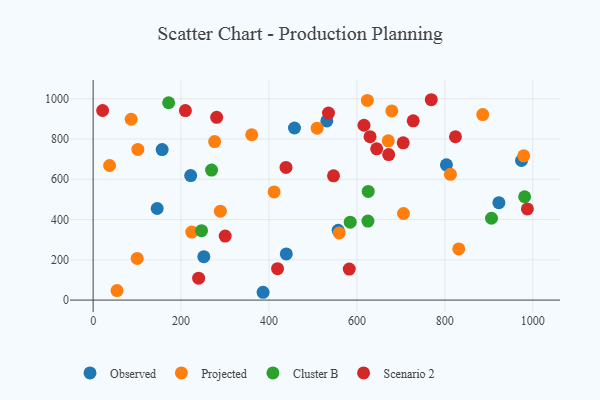
{"axis": {"x": "Experience", "y": "Demand"}, "legend": ["Cluster B", "Observed", "Projected", "Scenario 2"], "data": [{"x": "145.7", "y": 454.9, "type": "Observed"}, {"x": "531.6", "y": 889.7, "type": "Observed"}, {"x": "803.6", "y": 671.6, "type": "Observed"}, {"x": "458.0", "y": 854.7, "type": "Observed"}, {"x": "439.4", "y": 229.4, "type": "Observed"}, {"x": "157.0", "y": 747.6, "type": "Observed"}, {"x": "251.8", "y": 215.4, "type": "Observed"}, {"x": "221.9", "y": 618.4, "type": "Observed"}, {"x": "557.4", "y": 346.5, "type": "Observed"}, {"x": "923.0", "y": 483.8, "type": "Observed"}, {"x": "386.6", "y": 38.8, "type": "Observed"}, {"x": "974.5", "y": 693.3, "type": "Observed"}, {"x": "101.7", "y": 748.2, "type": "Projected"}, {"x": "37.5", "y": 668.4, "type": "Projected"}, {"x": "411.7", "y": 537.3, "type": "Projected"}, {"x": "289.4", "y": 441.8, "type": "Projected"}, {"x": "886.3", "y": 921.6, "type": "Projected"}, {"x": "706.0", "y": 430.2, "type": "Projected"}, {"x": "559.8", "y": 333.2, "type": "Projected"}, {"x": "276.4", "y": 787.1, "type": "Projected"}, {"x": "671.4", "y": 791.3, "type": "Projected"}, {"x": "509.6", "y": 854.0, "type": "Projected"}, {"x": "360.7", "y": 821.2, "type": "Projected"}, {"x": "831.7", "y": 254.2, "type": "Projected"}, {"x": "623.8", "y": 991.8, "type": "Projected"}, {"x": "812.7", "y": 624.6, "type": "Projected"}, {"x": "86.5", "y": 898.2, "type": "Projected"}, {"x": "100.2", "y": 206.7, "type": "Projected"}, {"x": "224.3", "y": 337.9, "type": "Projected"}, {"x": "54.4", "y": 47.0, "type": "Projected"}, {"x": "979.5", "y": 716.5, "type": "Projected"}, {"x": "679.4", "y": 939.6, "type": "Projected"}, {"x": "625.1", "y": 392.6, "type": "Cluster B"}, {"x": "625.8", "y": 539.8, "type": "Cluster B"}, {"x": "171.8", "y": 980.1, "type": "Cluster B"}, {"x": "269.4", "y": 645.8, "type": "Cluster B"}, {"x": "584.8", "y": 386.9, "type": "Cluster B"}, {"x": "981.6", "y": 513.2, "type": "Cluster B"}, {"x": "246.6", "y": 344.7, "type": "Cluster B"}, {"x": "906.2", "y": 406.5, "type": "Cluster B"}, {"x": "728.1", "y": 890.4, "type": "Scenario 2"}, {"x": "629.9", "y": 811.9, "type": "Scenario 2"}, {"x": "300.4", "y": 318.1, "type": "Scenario 2"}, {"x": "438.7", "y": 659.1, "type": "Scenario 2"}, {"x": "645.0", "y": 751.2, "type": "Scenario 2"}, {"x": "705.3", "y": 781.3, "type": "Scenario 2"}, {"x": "240.0", "y": 108.6, "type": "Scenario 2"}, {"x": "21.6", "y": 941.8, "type": "Scenario 2"}, {"x": "419.5", "y": 155.9, "type": "Scenario 2"}, {"x": "209.9", "y": 941.4, "type": "Scenario 2"}, {"x": "582.6", "y": 154.2, "type": "Scenario 2"}, {"x": "672.3", "y": 722.9, "type": "Scenario 2"}, {"x": "769.2", "y": 995.2, "type": "Scenario 2"}, {"x": "546.8", "y": 617.2, "type": "Scenario 2"}, {"x": "281.0", "y": 907.8, "type": "Scenario 2"}, {"x": "535.4", "y": 928.8, "type": "Scenario 2"}, {"x": "824.2", "y": 811.2, "type": "Scenario 2"}, {"x": "616.1", "y": 868.3, "type": "Scenario 2"}, {"x": "987.8", "y": 453.0, "type": "Scenario 2"}]}